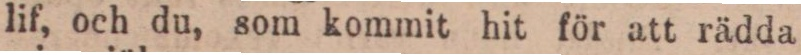
lif, och du, som kommit hit för att rädda